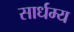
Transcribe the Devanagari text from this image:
सार्धम्य